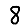
Digit: 8